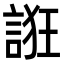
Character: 誑